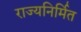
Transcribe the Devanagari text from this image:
राज्यनिर्मित